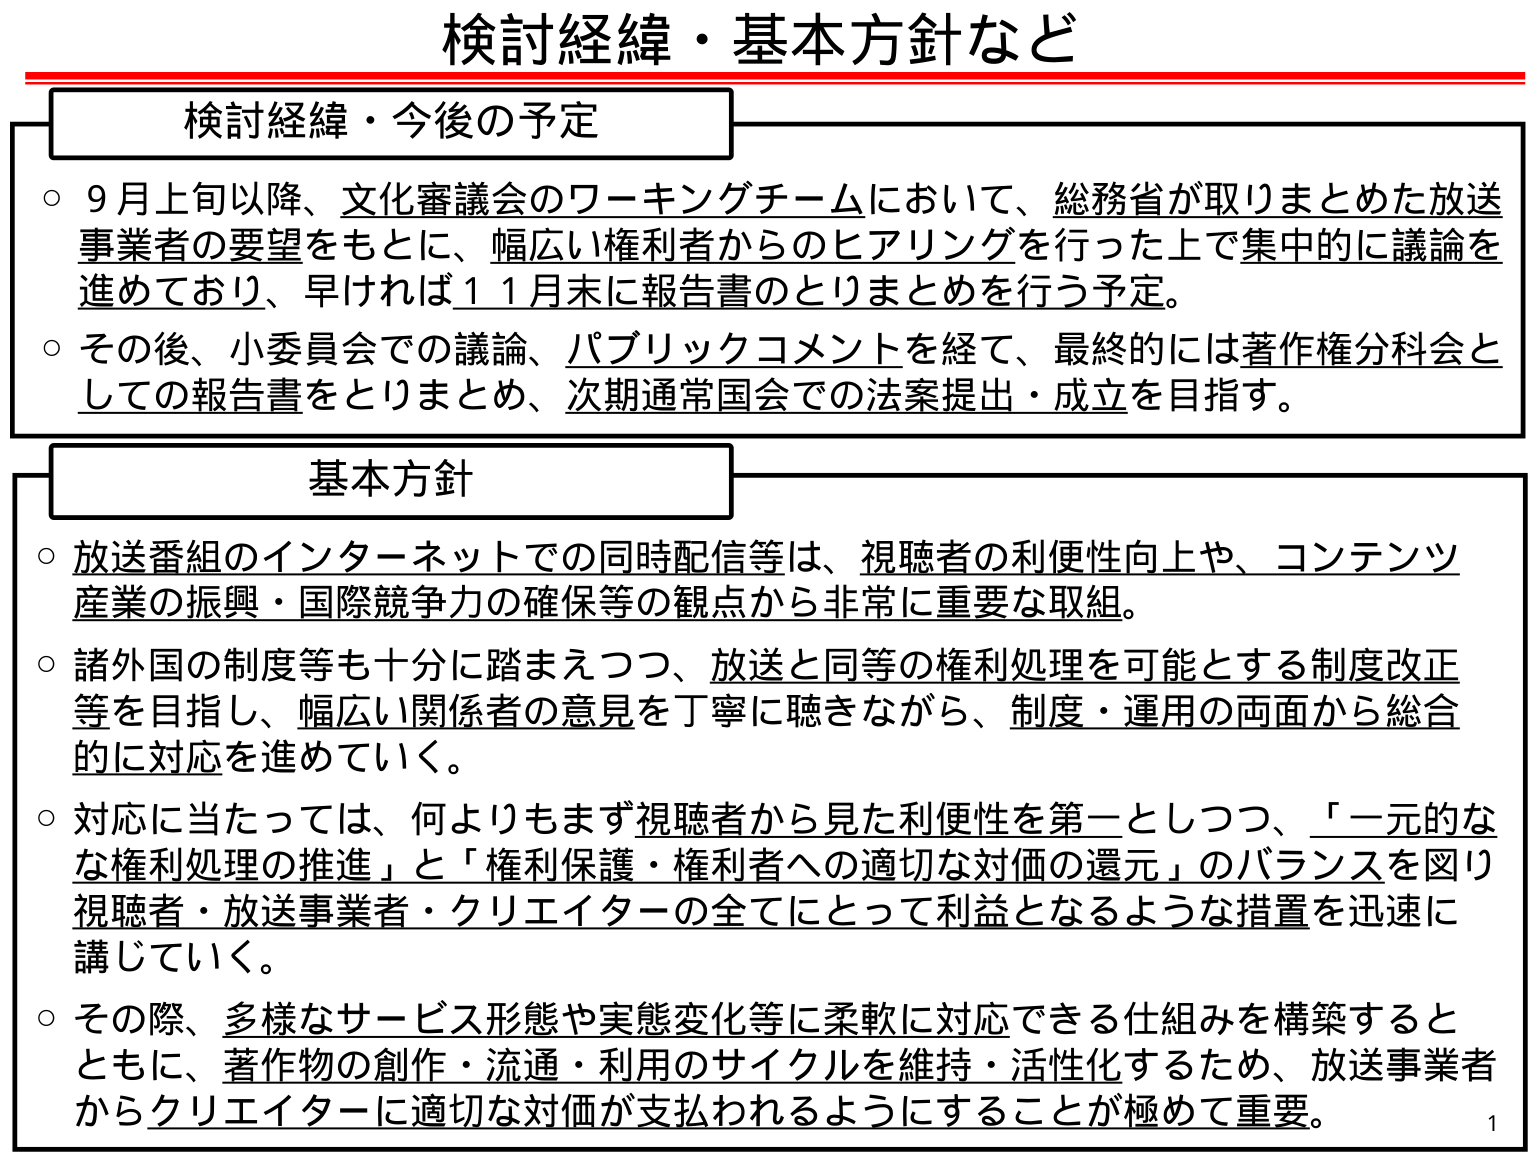
検討経緯・基本方針など

検討経緯・今後の予定
○ 9月上旬以降、文化審議会のワーキングチームにおいて、総務省が取りまとめた放送事業者の要望をもとに、幅広い権利者からのヒアリングを行った上で集中的に議論を進めており、早ければ11月末に報告書のとりまとめを行う予定。
○ その後、小委員会での議論、パブリックコメントを経て、最終的には著作権分科会としての報告書をとりまとめ、次期通常国会での法案提出・成立を目指す。

基本方針
○ 放送番組のインターネットでの同時配信等は、視聴者の利便性向上や、コンテンツ産業の振興・国際競争力の確保等の観点から非常に重要な取組。
○ 諸外国の制度等も十分に踏まえつつ、放送と同等の権利処理を可能とする制度改正等を目指し、幅広い関係者の意見を丁寧に聴きながら、制度・運用の両面から総合的に対応を進めていく。
○ 対応に当たっては、何よりもまず視聴者から見た利便性を第一としつつ、「一元的な権利処理の推進」と「権利保護・権利者への適切な対価の還元」のバランスを図り視聴者・放送事業者・クリエイターの全てにとって利益となるような措置を迅速に講じていく。
○ その際、多様なサービス形態や実態変化等に柔軟に対応できる仕組みを構築するとともに、著作物の創作・流通・利用のサイクルを維持・活性化するため、放送事業者からクリエイターに適切な対価が支払われるようにすることが極めて重要。

1